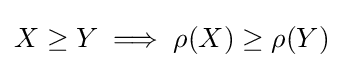
X\geq Y\implies \rho (X)\geq \rho (Y)